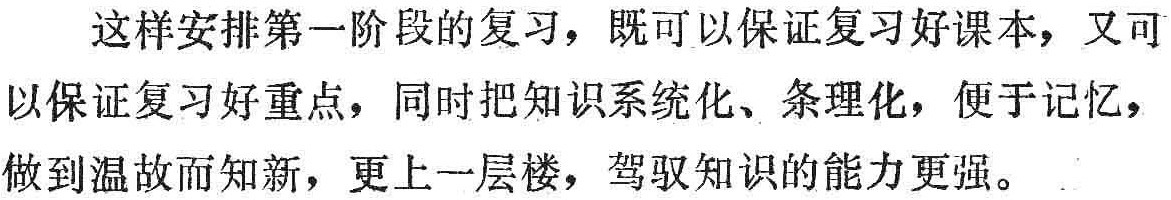
这样安排第一阶段的复习，既可以保证复习好课本，又可以保证复习好重点，同时把知识系统化、条理化，便于记忆，以保证复习好重点，同时把知识系统化、条理化，便于记忆，做到温故而知新，更上一层楼，驾驭知识的能力更强。